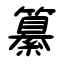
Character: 纂